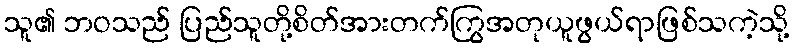
သူ၏ ဘဝသည် ပြည်သူတို့စိတ်အားတက်ကြွအတုယူဖွယ်ရာဖြစ်သကဲ့သို့